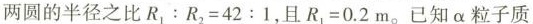
两圆的半径之比$$R _ { 1 } : R _ { 2 } = 4 2 : 1$$，且$$R _ { 1 } = 0 . 2 m$$。已知α粒子质